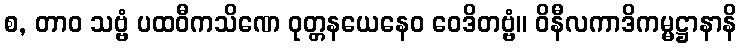
စ, တာဝ သဗ္ဗံ ပထဝီကသိဏေ ဝုတ္တနယေနေဝ ဝေဒိတဗ္ဗံ။ ဝိနီလကာဒိကမ္မဋ္ဌာနာနိ